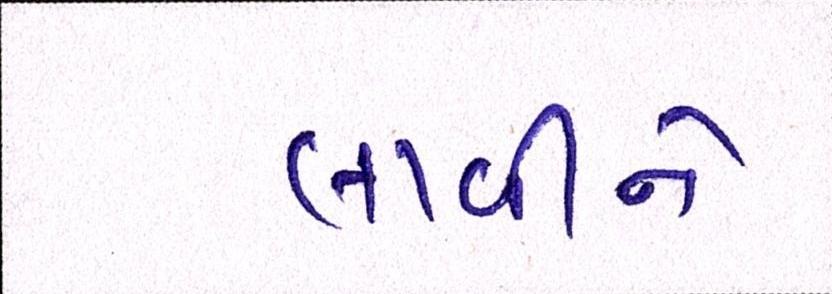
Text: લાવીને